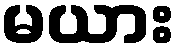
မယား